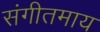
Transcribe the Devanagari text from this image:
संगीतमाय